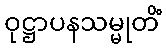
ဝုဋ္ဌာပနသမ္မုတိံ